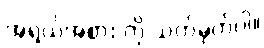
အရွယ်အစား ကို သတ်မှတ်ပါ။